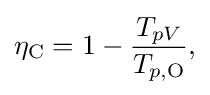
{\begin{aligned}\eta _{\mathrm {C} }=1-{\frac {T_{pV}}{T_{p,\mathrm {O} }}},\end{aligned}}